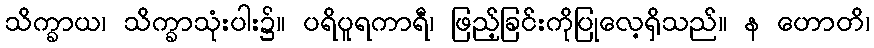
သိက္ခာယ၊ သိက္ခာသုံးပါး၌။ ပရိပူရကာရီ၊ ဖြည့်ခြင်းကိုပြုလေ့ရှိသည်။ န ဟောတိ၊